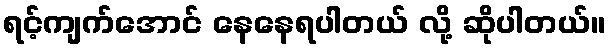
ရင့်ကျက်အောင် နေနေရပါတယ် လို့ ဆိုပါတယ်။